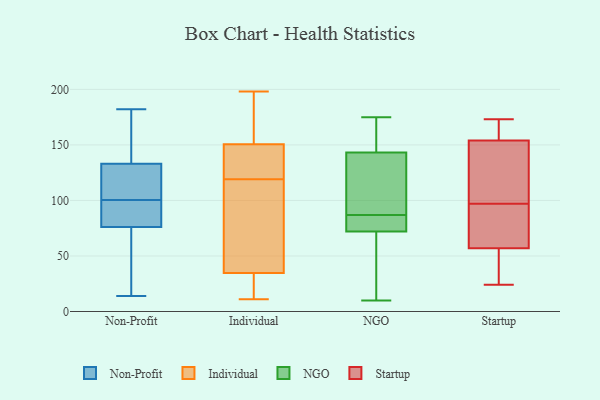
{"axis": {"x": "Backlog", "y": "Value"}, "legend": ["Individual", "NGO", "Non-Profit", "Startup"], "data": [{"x": "", "y": 14, "type": "Non-Profit"}, {"x": "", "y": 116, "type": "Non-Profit"}, {"x": "", "y": 78, "type": "Non-Profit"}, {"x": "", "y": 47, "type": "Non-Profit"}, {"x": "", "y": 77, "type": "Non-Profit"}, {"x": "", "y": 133, "type": "Non-Profit"}, {"x": "", "y": 120, "type": "Non-Profit"}, {"x": "", "y": 180, "type": "Non-Profit"}, {"x": "", "y": 75, "type": "Non-Profit"}, {"x": "", "y": 39, "type": "Non-Profit"}, {"x": "", "y": 182, "type": "Non-Profit"}, {"x": "", "y": 150, "type": "Non-Profit"}, {"x": "", "y": 113, "type": "Non-Profit"}, {"x": "", "y": 157, "type": "Non-Profit"}, {"x": "", "y": 76, "type": "Non-Profit"}, {"x": "", "y": 88, "type": "Non-Profit"}, {"x": "", "y": 117, "type": "Non-Profit"}, {"x": "", "y": 76, "type": "Non-Profit"}, {"x": "", "y": 114, "type": "Individual"}, {"x": "", "y": 198, "type": "Individual"}, {"x": "", "y": 187, "type": "Individual"}, {"x": "", "y": 149, "type": "Individual"}, {"x": "", "y": 38, "type": "Individual"}, {"x": "", "y": 11, "type": "Individual"}, {"x": "", "y": 119, "type": "Individual"}, {"x": "", "y": 120, "type": "Individual"}, {"x": "", "y": 66, "type": "Individual"}, {"x": "", "y": 25, "type": "Individual"}, {"x": "", "y": 155, "type": "Individual"}, {"x": "", "y": 24, "type": "Individual"}, {"x": "", "y": 95, "type": "Individual"}, {"x": "", "y": 122, "type": "Individual"}, {"x": "", "y": 16, "type": "Individual"}, {"x": "", "y": 119, "type": "Individual"}, {"x": "", "y": 163, "type": "Individual"}, {"x": "", "y": 126, "type": "NGO"}, {"x": "", "y": 72, "type": "NGO"}, {"x": "", "y": 122, "type": "NGO"}, {"x": "", "y": 95, "type": "NGO"}, {"x": "", "y": 46, "type": "NGO"}, {"x": "", "y": 87, "type": "NGO"}, {"x": "", "y": 149, "type": "NGO"}, {"x": "", "y": 172, "type": "NGO"}, {"x": "", "y": 77, "type": "NGO"}, {"x": "", "y": 24, "type": "NGO"}, {"x": "", "y": 72, "type": "NGO"}, {"x": "", "y": 175, "type": "NGO"}, {"x": "", "y": 82, "type": "NGO"}, {"x": "", "y": 10, "type": "NGO"}, {"x": "", "y": 157, "type": "NGO"}, {"x": "", "y": 154, "type": "Startup"}, {"x": "", "y": 161, "type": "Startup"}, {"x": "", "y": 57, "type": "Startup"}, {"x": "", "y": 134, "type": "Startup"}, {"x": "", "y": 81, "type": "Startup"}, {"x": "", "y": 128, "type": "Startup"}, {"x": "", "y": 171, "type": "Startup"}, {"x": "", "y": 113, "type": "Startup"}, {"x": "", "y": 173, "type": "Startup"}, {"x": "", "y": 24, "type": "Startup"}, {"x": "", "y": 72, "type": "Startup"}, {"x": "", "y": 66, "type": "Startup"}, {"x": "", "y": 50, "type": "Startup"}, {"x": "", "y": 47, "type": "Startup"}]}